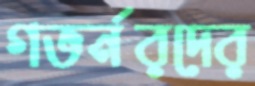
গভর্নরদের